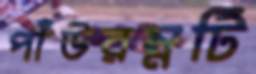
পাঁউরম্নটি